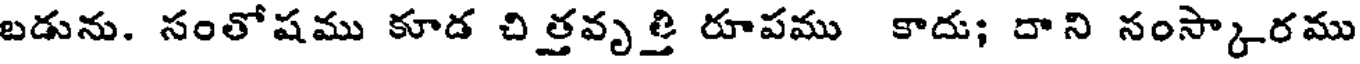
బడును. సంతోషము కూడ చిత్తవృత్తి రూపము కాదు; దాని నంస్కారము